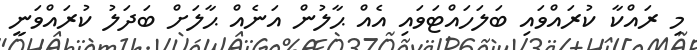
މި ރައްކާ ކުރައްވައި ބަލަހައްޓަވައި އެއް ޙާލުން އަނެއް ޙާލަށް ބަދަލު ކުރައްވަނީ